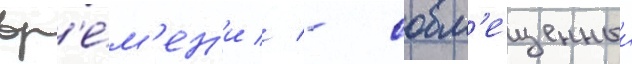
вр'е́м'ен'и // - совм'ещенныи